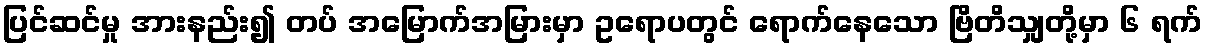
ပြင်ဆင်မှု အားနည်း၍ တပ် အမြောက်အမြားမှာ ဥရောပတွင် ရောက်နေသော ဗြိတိသျှတို့မှာ ၆ ရက်